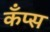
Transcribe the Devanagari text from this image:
कँप्स